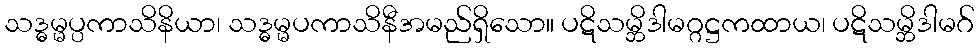
သဒ္ဓမ္မပ္ပကာသိနိယာ၊ သဒ္ဓမ္မပကာသိနီအမည်ရှိသော။ ပဋိသမ္ဘိဒါမဂ္ဂဋ္ဌကထာယ၊ ပဋိသမ္ဘိဒါမဂ်